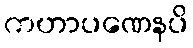
ကဟာပဏေနပိ